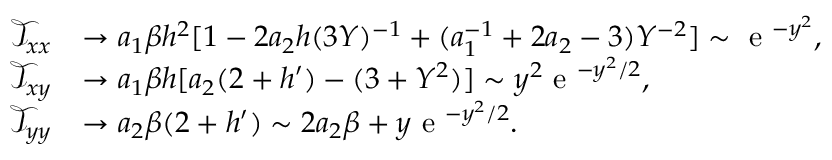
\begin{array} { r l } { \mathcal { T } _ { x x } } & { \to a _ { 1 } \beta h ^ { 2 } [ 1 - 2 a _ { 2 } h ( 3 Y ) ^ { - 1 } + ( a _ { 1 } ^ { - 1 } + 2 a _ { 2 } - 3 ) Y ^ { - 2 } ] \sim \textrm { e } ^ { - y ^ { 2 } } , } \\ { \mathcal { T } _ { x y } } & { \to a _ { 1 } \beta h [ a _ { 2 } ( 2 + h ^ { \prime } ) - ( 3 + Y ^ { 2 } ) ] \sim y ^ { 2 } \textrm { e } ^ { - y ^ { 2 } / 2 } , } \\ { \mathcal { T } _ { y y } } & { \to a _ { 2 } \beta ( 2 + h ^ { \prime } ) \sim 2 a _ { 2 } \beta + y \textrm { e } ^ { - y ^ { 2 } / 2 } . } \end{array}